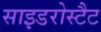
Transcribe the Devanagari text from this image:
साइडरोस्टैट